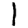
Digit: 1